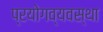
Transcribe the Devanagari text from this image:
प्रयोगव्यवस्था